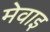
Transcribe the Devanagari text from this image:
मेवाइ